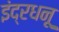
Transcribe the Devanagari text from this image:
इंद्रधनू